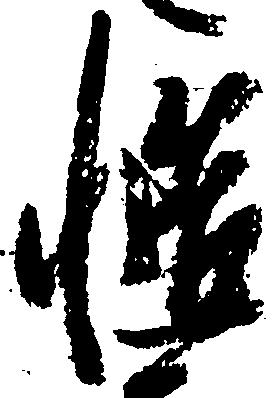
慥